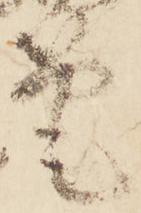
筆